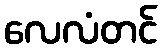
လေလံတင်